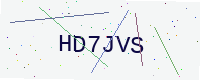
Text: HD7JVS